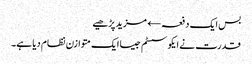
بس ایک دفعہ← مزید پڑھیے
قدرت نے ایکو سسٹم جیسا ایک متوازن نظام دیا ہے۔